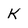
Character: K